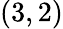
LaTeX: (3,2)